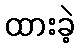
ထားခဲ့